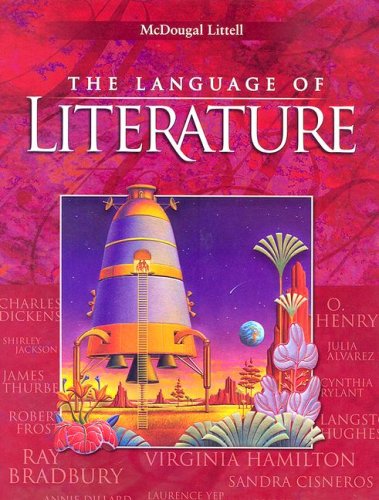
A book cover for McDougal Littell Language of Literature: Student Edition Grade 7 2006; MCDOUGAL LITTEL; Teen & Young Adult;